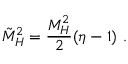
\tilde { M } _ { H } ^ { 2 } = { \frac { M _ { H } ^ { 2 } } { 2 } } ( \eta - 1 ) ~ .